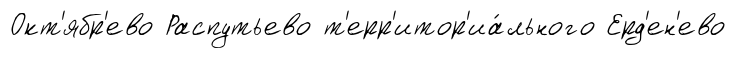
Окт'ябр'ево Распутьево т'ерр'итор'иа́льного Ерд'ен'ево